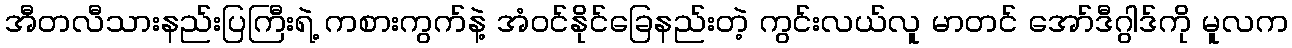
အီတလီသားနည်းပြကြီးရဲ့ ကစားကွက်နဲ့ အံဝင်နိုင်ခြေနည်းတဲ့ ကွင်းလယ်လူ မာတင် အော်ဒီဂွါဒ်ကို မူလက